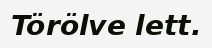
Törölve lett.